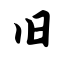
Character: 旧